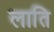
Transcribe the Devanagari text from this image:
लाति